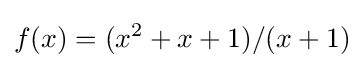
f(x)=(x^{2}+x+1)/(x+1)